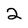
Character: 2